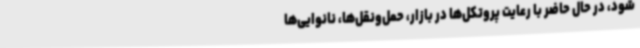
شود، در حال حاضر با رعایت پروتکل‌ها در بازار، حمل‌ونقل‌ها، نانوایی‌ها